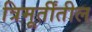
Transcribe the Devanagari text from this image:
त्रिमूर्तींतील